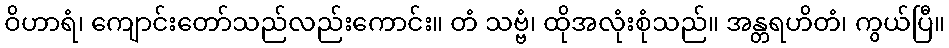
ဝိဟာရံ၊ ကျောင်းတော်သည်လည်းကောင်း။ တံ သဗ္ဗံ၊ ထိုအလုံးစုံသည်။ အန္တရဟိတံ၊ ကွယ်ပြီ။